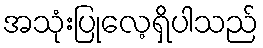
အသုံးပြုလေ့ရှိပါသည်